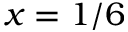
x = 1 / 6